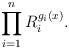
LaTeX: \begin{align*}\prod^{n}_{i=1}R^{g_i(x)}_i. \end{align*}